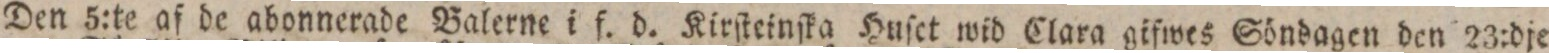
Den 5:te af de abonnerade Balerne i f. d. Kirſteinſka Huſet wid Clara gifwes Söndagen den 23:dje